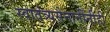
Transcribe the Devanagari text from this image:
स्वातंत्र्यसेनानींनीही